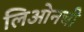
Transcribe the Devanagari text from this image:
लिओनची